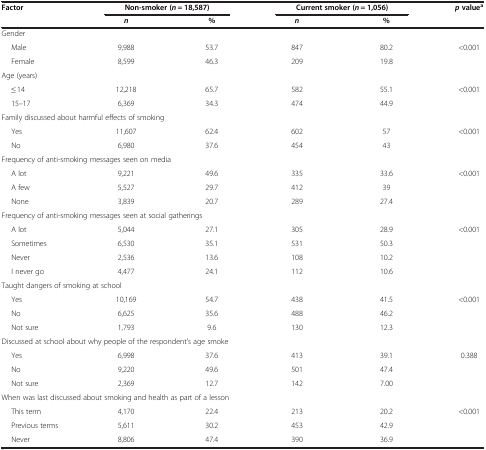
<table><thead><tr><td rowspan="2"><b>Factor</b></td><td colspan="2"><b>Non-smoker (<i>n</i> = 18,587)</b></td><td colspan="2"><b>Current smoker (<i>n</i> = 1,056)</b></td><td rowspan="2"><b><i>p </i>value<sup>a</sup></b></td></tr><tr><td><b><i>n</i></b></td><td><b>%</b></td><td><b><i>n</i></b></td><td><b>%</b></td></tr></thead><tbody><tr><td colspan="6">Gender</td></tr><tr><td>Male</td><td>9,988</td><td>53.7</td><td>847</td><td>80.2</td><td>&lt;0.001</td></tr><tr><td>Female</td><td>8,599</td><td>46.3</td><td>209</td><td>19.8</td><td> </td></tr><tr><td colspan="6">Age (years)</td></tr><tr><td>≤ 14</td><td>12,218</td><td>65.7</td><td>582</td><td>55.1</td><td>&lt;0.001</td></tr><tr><td>15–17</td><td>6,369</td><td>34.3</td><td>474</td><td>44.9</td><td> </td></tr><tr><td colspan="6">Family discussed about harmful effects of smoking</td></tr><tr><td>Yes</td><td>11,607</td><td>62.4</td><td>602</td><td>57</td><td>&lt;0.001</td></tr><tr><td>No</td><td>6,980</td><td>37.6</td><td>454</td><td>43</td><td> </td></tr><tr><td colspan="6">Frequency of anti-smoking messages seen on media</td></tr><tr><td>A lot</td><td>9,221</td><td>49.6</td><td>335</td><td>33.6</td><td>&lt;0.001</td></tr><tr><td>A few</td><td>5,527</td><td>29.7</td><td>412</td><td>39</td><td> </td></tr><tr><td>None</td><td>3,839</td><td>20.7</td><td>289</td><td>27.4</td><td> </td></tr><tr><td colspan="6">Frequency of anti-smoking messages seen at social gatherings</td></tr><tr><td>A lot</td><td>5,044</td><td>27.1</td><td>305</td><td>28.9</td><td>&lt;0.001</td></tr><tr><td>Sometimes</td><td>6,530</td><td>35.1</td><td>531</td><td>50.3</td><td> </td></tr><tr><td>Never</td><td>2,536</td><td>13.6</td><td>108</td><td>10.2</td><td> </td></tr><tr><td>I never go</td><td>4,477</td><td>24.1</td><td>112</td><td>10.6</td><td> </td></tr><tr><td colspan="6">Taught dangers of smoking at school</td></tr><tr><td>Yes</td><td>10,169</td><td>54.7</td><td>438</td><td>41.5</td><td>&lt;0.001</td></tr><tr><td>No</td><td>6,625</td><td>35.6</td><td>488</td><td>46.2</td><td> </td></tr><tr><td>Not sure</td><td>1,793</td><td>9.6</td><td>130</td><td>12.3</td><td> </td></tr><tr><td colspan="6">Discussed at school about why people of the respondent&#x27;s age smoke</td></tr><tr><td>Yes</td><td>6,998</td><td>37.6</td><td>413</td><td>39.1</td><td>0.388</td></tr><tr><td>No</td><td>9,220</td><td>49.6</td><td>501</td><td>47.4</td><td> </td></tr><tr><td>Not sure</td><td>2,369</td><td>12.7</td><td>142</td><td>7.00</td><td> </td></tr><tr><td colspan="6">When was last discussed about smoking and health as part of a lesson</td></tr><tr><td>This term</td><td>4,170</td><td>22.4</td><td>213</td><td>20.2</td><td>&lt;0.001</td></tr><tr><td>Previous terms</td><td>5,611</td><td>30.2</td><td>453</td><td>42.9</td><td> </td></tr><tr><td>Never</td><td>8,806</td><td>47.4</td><td>390</td><td>36.9</td><td> </td></tr></tbody></table>